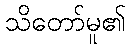
သိတော်မူ၏